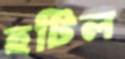
হটিল